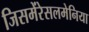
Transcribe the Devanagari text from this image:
जिसमेंरेसलमेनिया